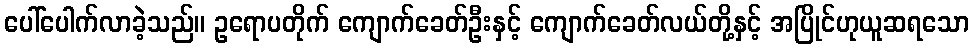
ပေါ်ပေါက်လာခဲ့သည်။ ဥရောပတိုက် ကျောက်ခေတ်ဦးနှင့် ကျောက်ခေတ်လယ်တို့နှင့် အပြိုင်ဟုယူဆရသော